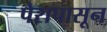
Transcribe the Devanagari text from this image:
पेरापासून